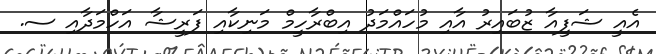
އެއީ ޝަފީއާ ޒުބައިރު އާއި މުހައްމަދު އިބްރާހީމް މަނިކާއި ފަރީޝާ އަހްމަދާއި ސ.